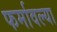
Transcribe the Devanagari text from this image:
फर्मावल्या